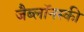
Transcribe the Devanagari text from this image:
जैब्लाॅनस्की